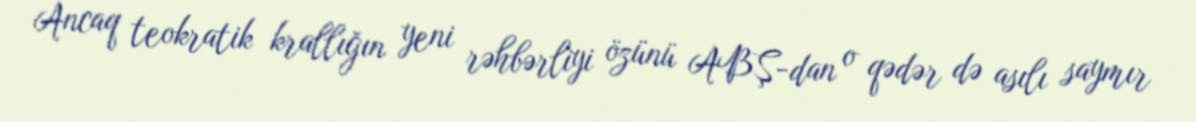
Ancaq teokratik krallığın yeni rəhbərliyi özünü ABŞ-dan o qədər də asılı saymır